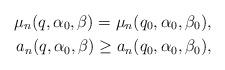
LaTeX: \begin{align*}\mu_n(q, \alpha_0, \beta) = \mu_n(q_0, \alpha_0, \beta_0), \\a_n(q, \alpha_0, \beta) \geq a_n(q_0, \alpha_0, \beta_0), \end{align*}